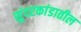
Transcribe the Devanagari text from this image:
सुंदरकांडातील